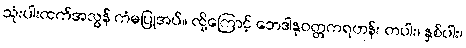
သုံးပါးထက်အလွန် ကံမပြုအပ်။ ထို့ကြောင့် ဘေဒါနုဝတ္တကရဟန်း တပါး၊ နှစ်ပါး၊